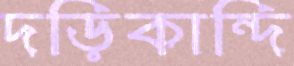
দড়িকান্দি